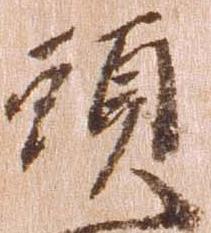
頭